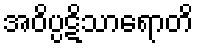
အဝိပ္ပဋိသာရောတိ